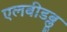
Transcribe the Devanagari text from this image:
एलबीडब्लू